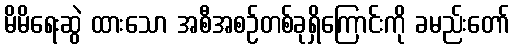
မိမိရေးဆွဲ ထားသော အစီအစဉ်တစ်ခုရှိကြောင်းကို ခမည်းတော်